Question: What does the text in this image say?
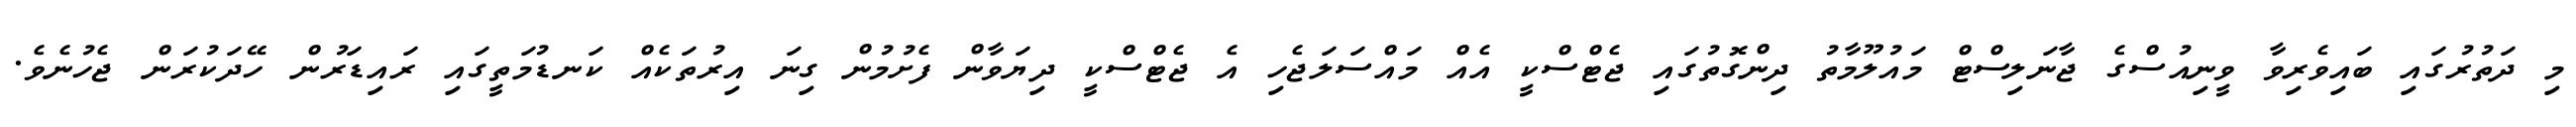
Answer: މި ދަތުރުގައި ބައިވެރިވާ ވީނިއުސްގެ ޖާނަލިސްޓް މައުލޫމާތު ދިންގޮތުގައި ޖެޓްސްކީ އެއް މައްސަލަޖެހި އެ ޖެޓްސްކީ ދިޔަވާން ފެށުމުން ގިނަ އިރުތަކެއް ކަނޑުމަތީގައި ރައިޑަރުން ހޭދަކުރަން ޖެހުނެވެ.